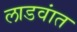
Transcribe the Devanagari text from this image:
लाडवांत